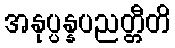
အနုပ္ပန္နပညတ္တီတိ